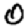
Digit: 0